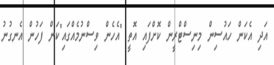
އަދި އެކަން ހައުސިން މިނިސްޓްރީން ކޮށްފައި އޮތީ "އެހެން ވިސްނުމެއްގައި"ކަން ފަހުން އެނގުނު